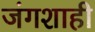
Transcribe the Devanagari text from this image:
जंगशाही